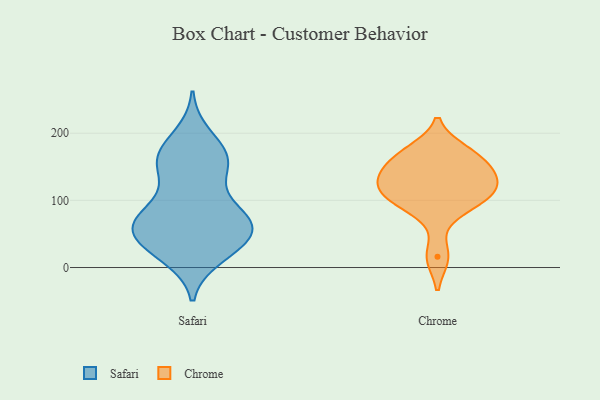
{"axis": {"x": "Active Users", "y": "Value"}, "legend": ["Chrome", "Safari"], "data": [{"x": "", "y": 165, "type": "Safari"}, {"x": "", "y": 74, "type": "Safari"}, {"x": "", "y": 196, "type": "Safari"}, {"x": "", "y": 71, "type": "Safari"}, {"x": "", "y": 63, "type": "Safari"}, {"x": "", "y": 46, "type": "Safari"}, {"x": "", "y": 17, "type": "Safari"}, {"x": "", "y": 81, "type": "Safari"}, {"x": "", "y": 150, "type": "Safari"}, {"x": "", "y": 164, "type": "Safari"}, {"x": "", "y": 22, "type": "Safari"}, {"x": "", "y": 70, "type": "Safari"}, {"x": "", "y": 133, "type": "Safari"}, {"x": "", "y": 59, "type": "Safari"}, {"x": "", "y": 171, "type": "Safari"}, {"x": "", "y": 49, "type": "Safari"}, {"x": "", "y": 40, "type": "Safari"}, {"x": "", "y": 31, "type": "Safari"}, {"x": "", "y": 157, "type": "Safari"}, {"x": "", "y": 87, "type": "Safari"}, {"x": "", "y": 155, "type": "Chrome"}, {"x": "", "y": 16, "type": "Chrome"}, {"x": "", "y": 166, "type": "Chrome"}, {"x": "", "y": 124, "type": "Chrome"}, {"x": "", "y": 173, "type": "Chrome"}, {"x": "", "y": 89, "type": "Chrome"}, {"x": "", "y": 105, "type": "Chrome"}, {"x": "", "y": 132, "type": "Chrome"}, {"x": "", "y": 132, "type": "Chrome"}, {"x": "", "y": 105, "type": "Chrome"}]}